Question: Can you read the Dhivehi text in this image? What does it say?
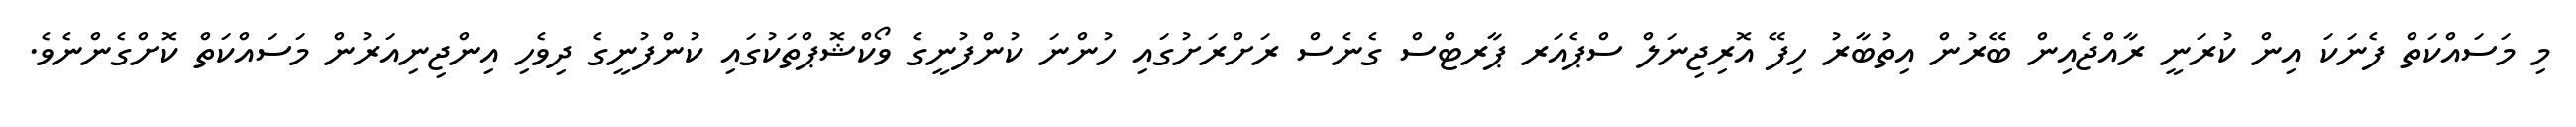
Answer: މި މަސައްކަތް ފެނަކަ އިން ކުރަނީ ރާއްޖެއިން ބޭރުން އިތުބާރު ހިފޭ އޮރިޖިނަލް ސްޕެއަރ ޕާރޓްސް ގެނެސް ރަށްރަށުގައި ހުންނަ ކުންފުނީގެ ވޯކްޝޮޕްތަކުގައި ކުންފުނީގެ ދިވެހި އިންޖިނިއަރުން މަސައްކަތް ކޮށްގެންނެވެ.